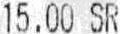
15.00 SR